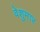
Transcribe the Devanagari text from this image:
वेशुमार